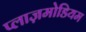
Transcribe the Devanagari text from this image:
प्लाज़मोडियम